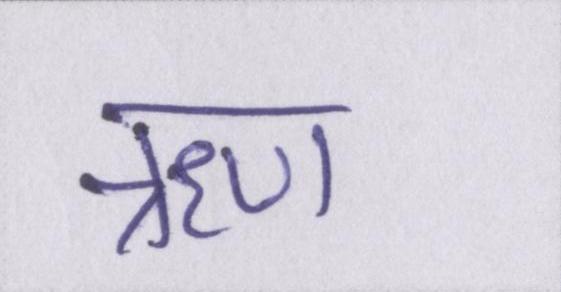
ॠण